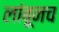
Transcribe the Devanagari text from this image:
लांबूनच